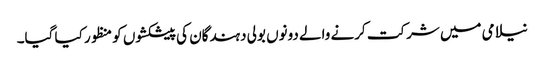
نیلامی میں شرکت کرنے والے دونوں بولی دہندگان کی پیشکشوں کو منظور کیا گیا۔